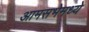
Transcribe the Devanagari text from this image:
आमसभेमध्ये